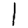
Digit: 1